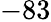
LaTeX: -83